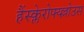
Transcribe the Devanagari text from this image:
हैंस्क्लेरोफ्य्ल्लोउस